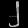
Digit: ၂